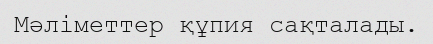
Мәліметтер құпия сақталады.